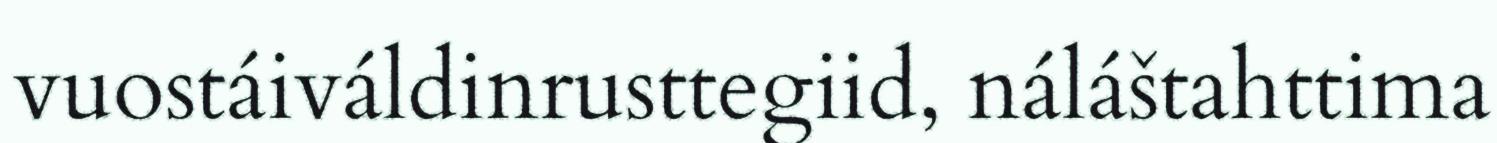
vuostáiváldinrusttegiid, náláštahttima